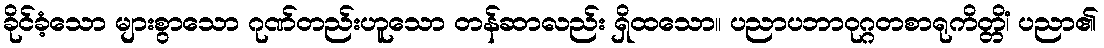
ခိုင်ခံ့သော များစွာသော ဂုဏ်တည်းဟူသော တန်ဆာလည်း ရှိထသော။ ပညာပဘာဝုဂ္ဂတစာရုကိတ္တိံ၊ ပညာ၏